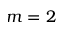
m = 2